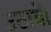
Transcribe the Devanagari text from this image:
उठावें।